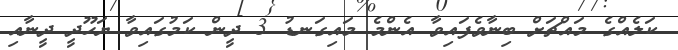
ކަލެއްގެ މައްޗަށް ބިނާވެފައިވާ އެންމެ މައިގަނޑު 3 ދީން ކަމުގައިވާ ޔަހޫދީ ދީނާއި